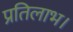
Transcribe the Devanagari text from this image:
प्रतिलाभ।